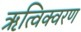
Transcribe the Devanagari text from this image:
ऋत्विक्वरण